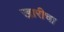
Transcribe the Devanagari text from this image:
खारीचा